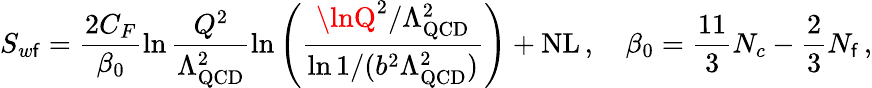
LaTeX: S_{w\mathsf{f}}=\frac{{2C_{F}}}{{\beta_{0}}}\ln\frac{{Q^{2}}}{{\Lambda_{\mathrm{{QCD}}}^{2}}}\ln\left(\frac{{\lnQ^{2}/\Lambda_{\mathrm{{QCD}}}^{2}}}{{\ln1/(b^{2}\Lambda_{\mathrm{{QCD}}}^{2})}}\right)+\mathrm{{NL}}\, ,\ \ \ \ \beta_{0}=\frac{{11}}{{3}}N_{c}-\frac{{2}}{{3}}N_{\mathsf{f}}\, ,